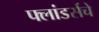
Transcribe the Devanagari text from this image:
फ्लांडर्सचे